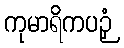
ကုမာရိကပဉှံ